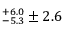
^ { + 6 . 0 } _ { - 5 . 3 } \pm 2 . 6